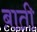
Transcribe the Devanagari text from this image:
ब़ाती